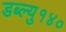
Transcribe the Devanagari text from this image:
डब्ल्यु१४०